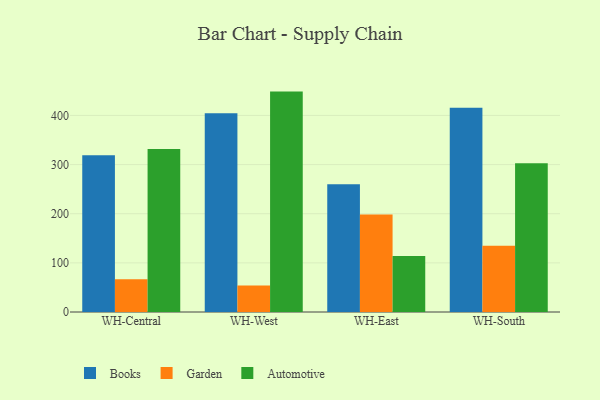
{"axis": {"x": "Warehouse", "y": "Shipments"}, "legend": ["Automotive", "Books", "Garden"], "data": [{"x": "WH-Central", "y": 319.0, "type": "Books"}, {"x": "WH-Central", "y": 66.5, "type": "Garden"}, {"x": "WH-Central", "y": 331.7, "type": "Automotive"}, {"x": "WH-West", "y": 404.4, "type": "Books"}, {"x": "WH-West", "y": 53.9, "type": "Garden"}, {"x": "WH-West", "y": 448.5, "type": "Automotive"}, {"x": "WH-East", "y": 260.2, "type": "Books"}, {"x": "WH-East", "y": 198.3, "type": "Garden"}, {"x": "WH-East", "y": 113.8, "type": "Automotive"}, {"x": "WH-South", "y": 415.7, "type": "Books"}, {"x": "WH-South", "y": 134.9, "type": "Garden"}, {"x": "WH-South", "y": 302.5, "type": "Automotive"}]}